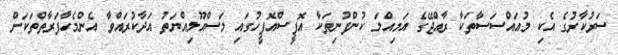
ސަރުކާރުގެ އެކި މުއައްސަސާތަކާ ރާއްޖޭގެ އަމިއްލަ ކުންފުނިތަކާ އޮފީސްއޮފީހުގައި މަސްއޫލިއްޔަތު އަދާކުރައްވާ އެންމެހާފަރާތްތަކަށް